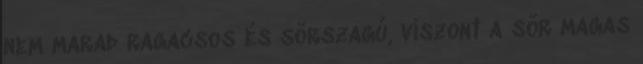
nem marad ragacsos és sörszagú, viszont a sör magas